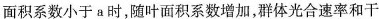
面积系数小于a时，随叶面积系数增加，群体光合速率和干